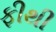
ફીથી